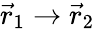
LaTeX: {\vec{r}_{1}\to\vec{r}_{2}}